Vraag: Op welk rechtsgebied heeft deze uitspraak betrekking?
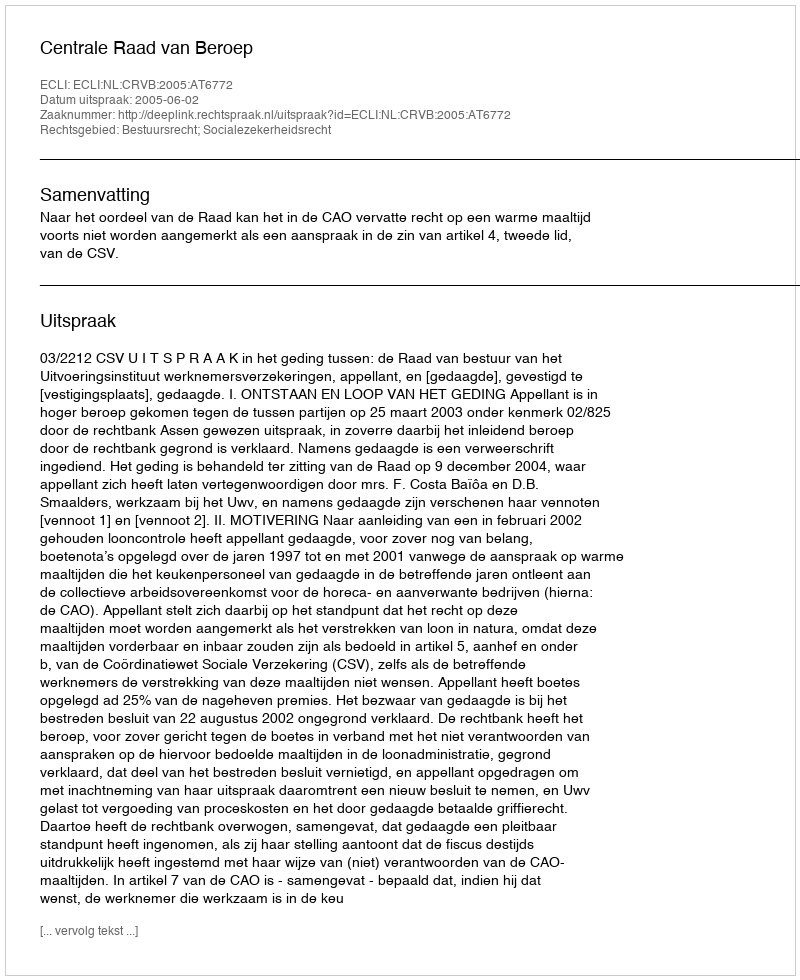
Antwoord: Bestuursrecht; Socialezekerheidsrecht